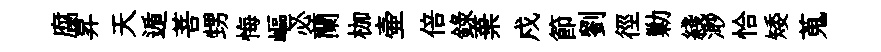
腐昇天遁菩甥悔嶇必蘭枷壷倍錄棄戍節劉徑勦綫𣺌恰矮蒐